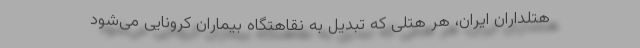
هتلداران ایران، هر هتلی که تبدیل به نقاهتگاه بیماران کرونایی می‌شود